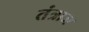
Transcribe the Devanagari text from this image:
तंत्राज